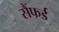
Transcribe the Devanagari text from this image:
सैंफर्ड